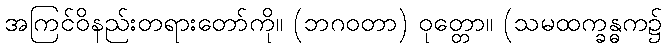
အကြင်ဝိနည်းတရားတော်ကို။ (ဘဂဝတာ) ဝုတ္တော။ (သမထက္ခန္ဓက၌